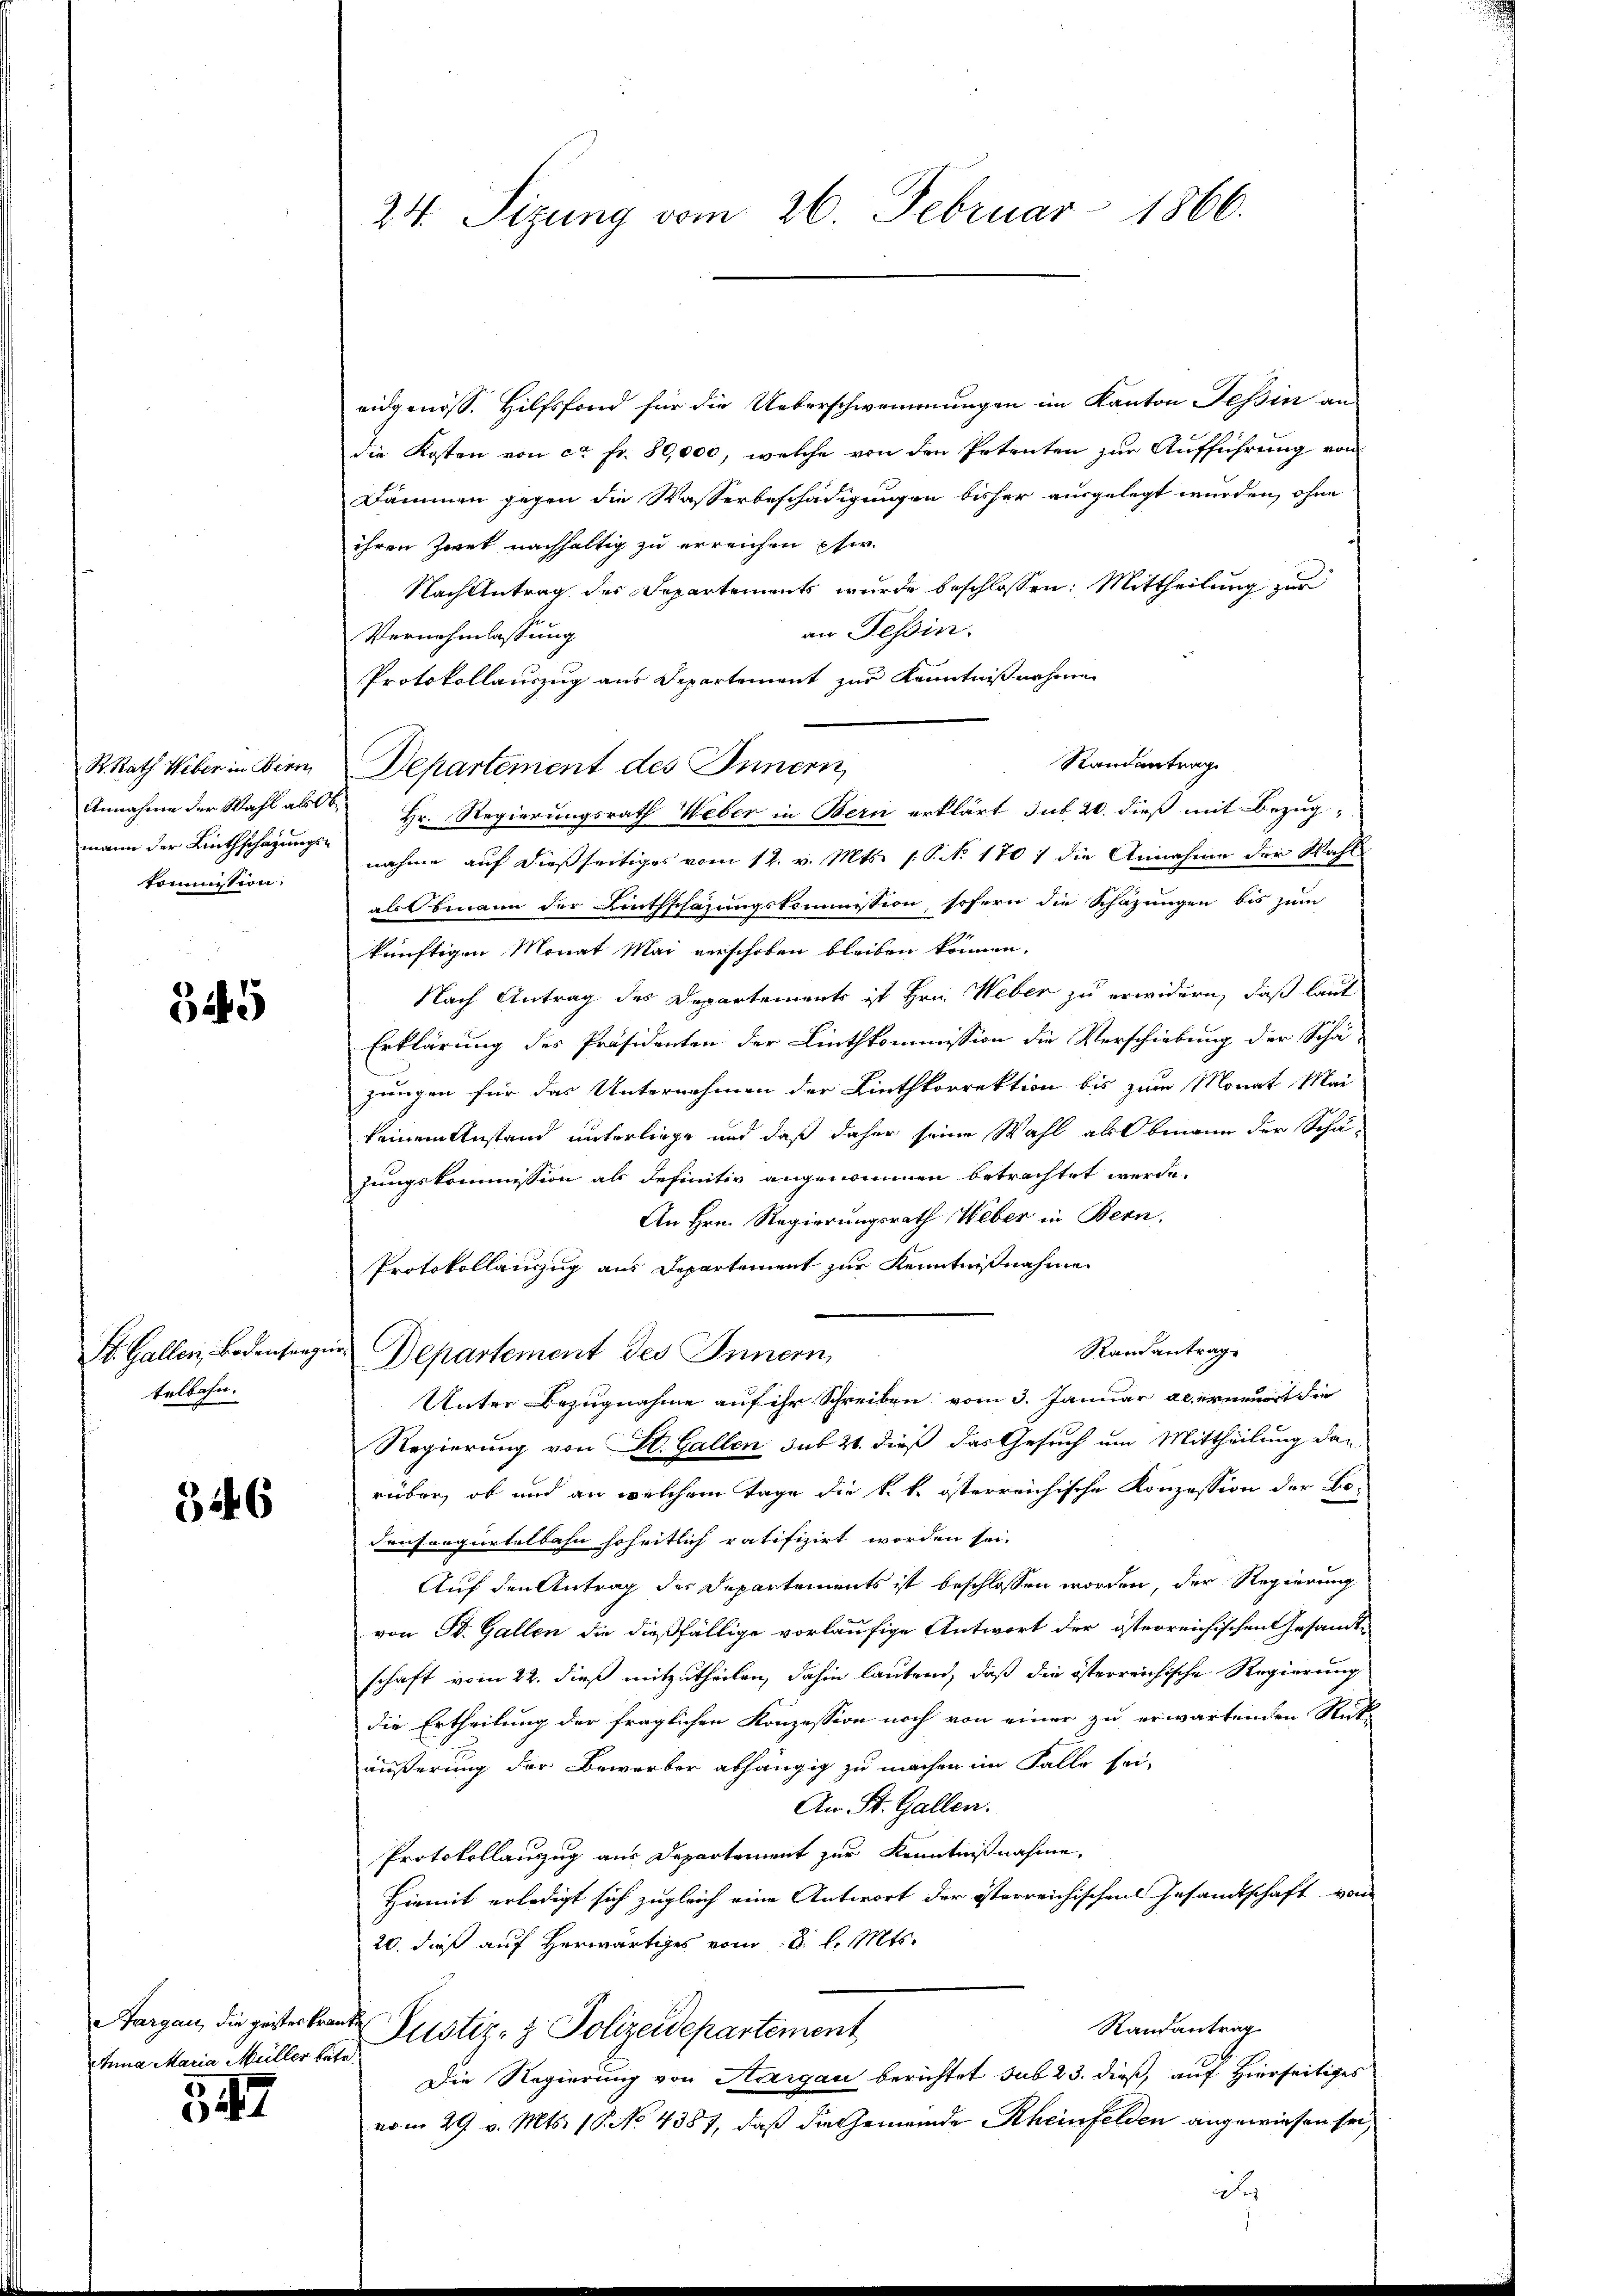
R. Rath Weber in Bern
kommission.

34

St. Gallen, Bodensange
telbahn.

346

Anna Maria Müller betr.

347

24. Sizung vom 26. Februar 1866.

eidgenöss. Hilfsfond für die Ueberschwemmungen im Kanton Tessin an
die Kosten von ca Fr. 80,000, welche von den Petenten zur Aufführung von
Dämmen gegen die Wasserbeschädigungen bisher ausgelegt wurden, ohne
ihren Zwek nachhaltig zu erreichen Eher
Nach Antrag des Departements wurde beschlossen: Mittheilung zur
an Tessin.
Vernehmlassung
Protokollauszug aus Departement zur Kenntnißnahme
Departement des Innern,
Annahme der Wahl als Hr. Regierungsrath Weber in Bern erklärt sub 20. dieß mit Bezugmann der Linthschazungen nahme auf dießseitiges vom 12. v. Mts. s. S. No 1701 die Annahme der Wahl
als Obmann der Linthschazungskommission, sofern die Schazungen bis zum
künftigen Monat Mai verschoben bleiben können.
Nach Antrag des Departements ist Hrn. Weber zu erwidern, daß laut
Erklärung des Präsidenten der Linthkommission die Verschiebung der Schäzungen für das Unternehmen der Linthkorrektion bis zum Monat Mai
keinem Anstand unterliege und daß daher seine Wahl als Obmann der Schä-
jungskommission als definitiv angenommen betrachtet werde.
An Hrn. Regierungsrath Weber in Bern.
Protokollainzug aus Departement zur Kenntnißnahme
ver
Randantrage
Departement des Innern,
Unter Bezugnahme auf ihr Schreiben vom 3. Januar als erneuert der
Regierung von St. Gallen sub 20. dieß das Gesuch um Mittheilung das
rüber, ob und an welchem Tage die k. k. österreichische Konzession der Bo-
densangurtelbahn hoheitlich ratifizirt worden sei.
Auf den Antrag der Departements ist beschlossen worden, der Regierung
von B. Gallen die dießfällige vorläufige Antwort der österreichischen Gesandte
schaft vom 22. dieß mitzutheilen, dahin lautend, daß die österreichische Regierung
die Ertheilung der fraglichen Konzession noch von einer zu erwartenden Rüt-
äußerung der Bewerber abhängig zu machen im Falle sei-
An St. Gallen.
Protokollauszug aus Departement zur Kenntnißnahme,
Hiemit erledigt sich zugleich eine Antwort der österreichischen Gesandtschaft von
20. dieß auf herwärtiges vom 18. d. Mts.
Randantrag
Aargau, die gesterbrande Justiz- & Polizeidepartement
Die Regierung von Aargau berichtet sub 23. dieß, auf Hierseitiges
vom 29. v. Mts. 10. No 4387, daß die Gemeinde Rheinfelden angewiesen sei,

Randantrag